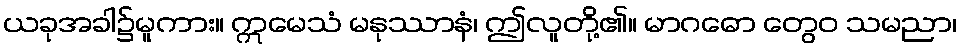
ယခုအခါ၌မူကား။ ဣမေသံ မနုဿာနံ၊ ဤလူတို့၏။ မာဂဓော တွေဝ သမညာ၊